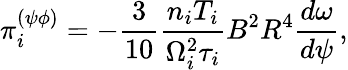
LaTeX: \pi_{i}^{(\psi\phi)}=-\frac{3}{10}\frac{n_{i}T_{i}}{\Omega_{i}^{2}\tau_{i}}B^{2}R^{4}\frac{d\omega}{d\psi},